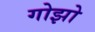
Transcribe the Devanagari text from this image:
गोझो